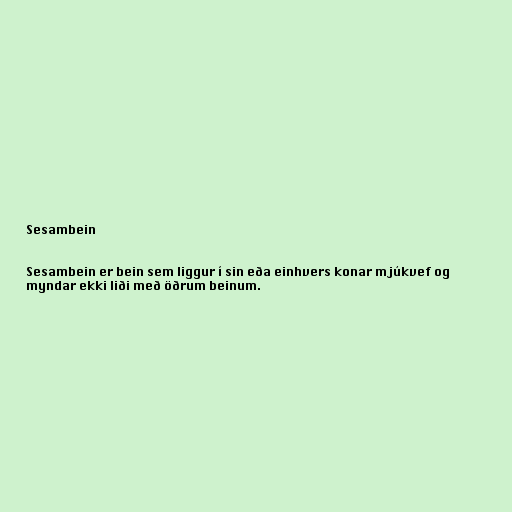
Sesambein

Sesambein er bein sem liggur í sin eða einhvers konar mjúkvef og
myndar ekki liði með öðrum beinum.